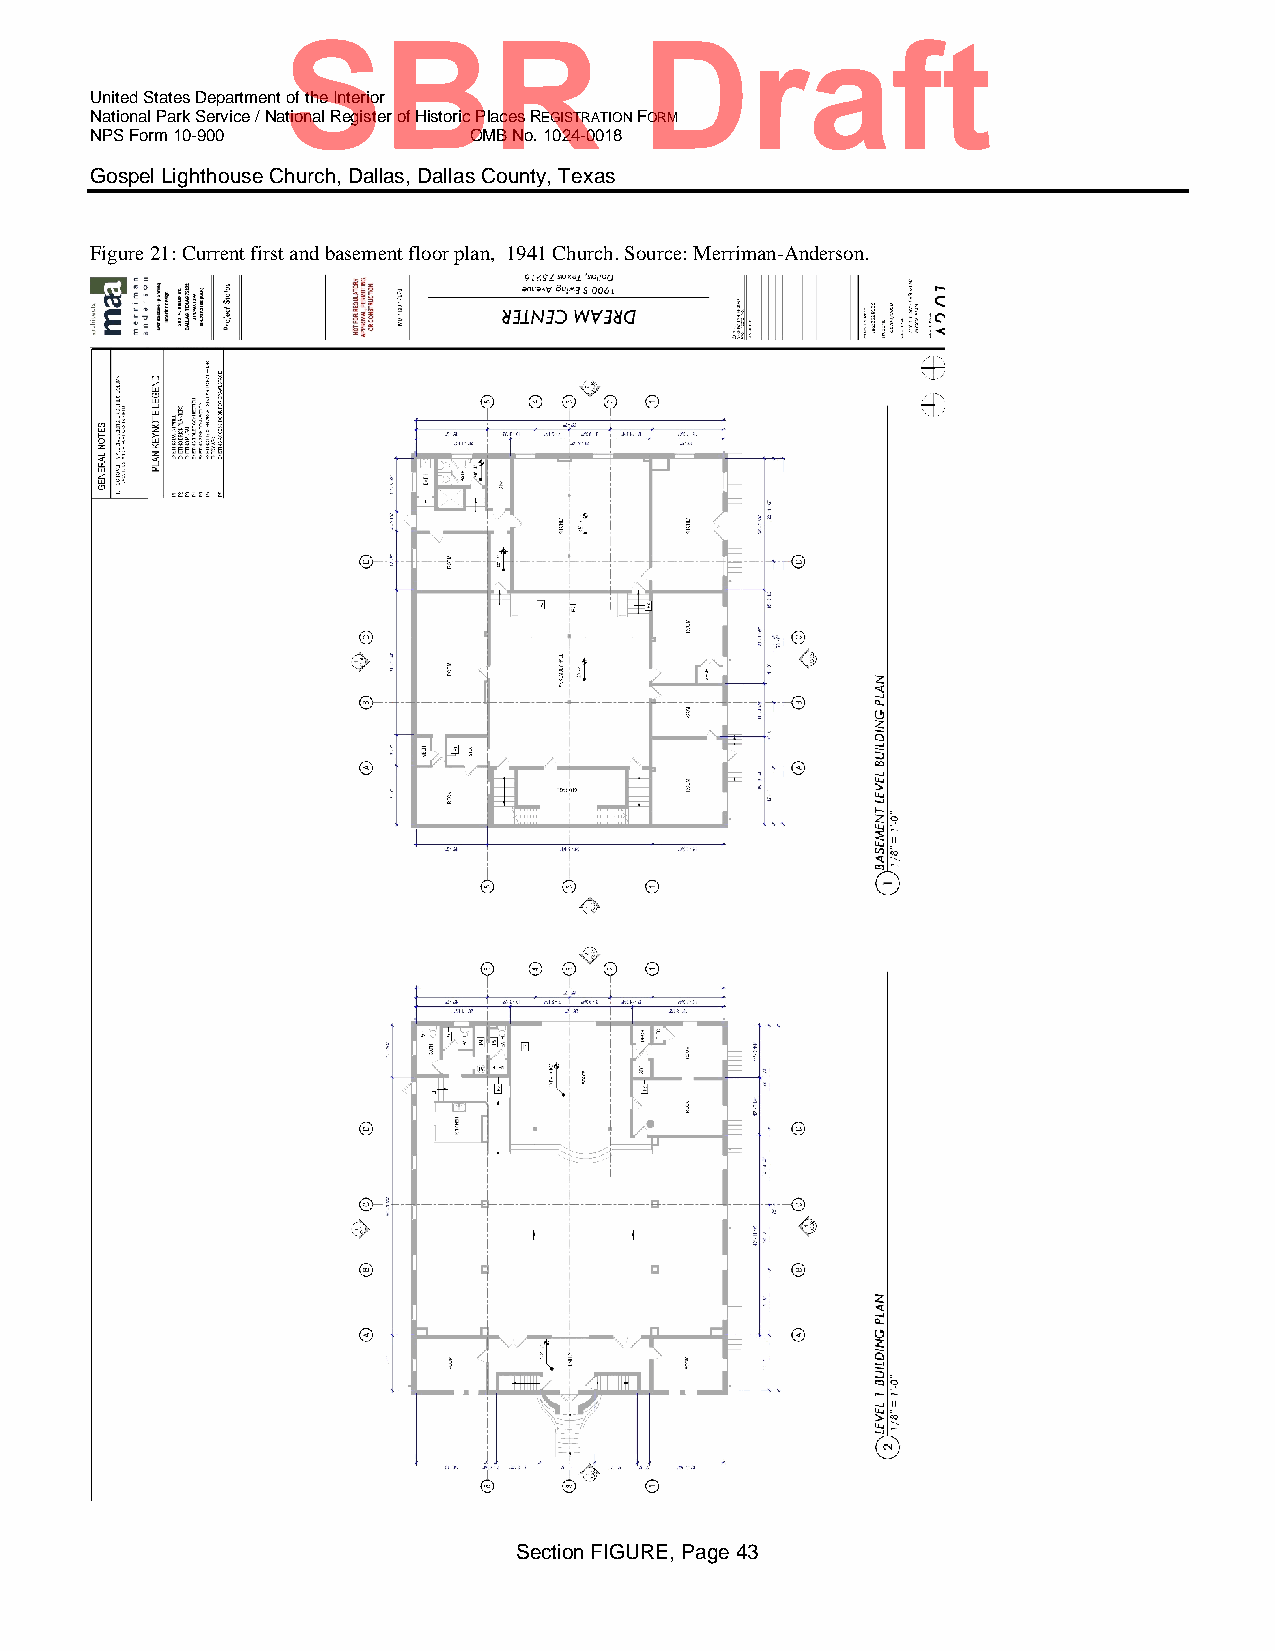
SBR                    Draft
 United States Department of the Interior
 National Park Service / National Register of Historic Places REGISTRATION FORM
 NPS Form 10-900          OMB No. 1024-0018
 Gospel Lighthouse Church, Dallas, Dallas County, Texas
 Figure 21: Current first and basement floor plan, 1941 Church. Source: Merriman-Anderson.
 Section FIGURE, Page 43